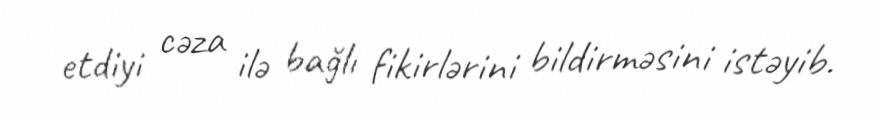
etdiyi cəza ilə bağlı fikirlərini bildirməsini istəyib.